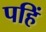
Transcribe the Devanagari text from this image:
पहिं